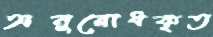
অনুরোধকৃত